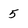
Character: 5